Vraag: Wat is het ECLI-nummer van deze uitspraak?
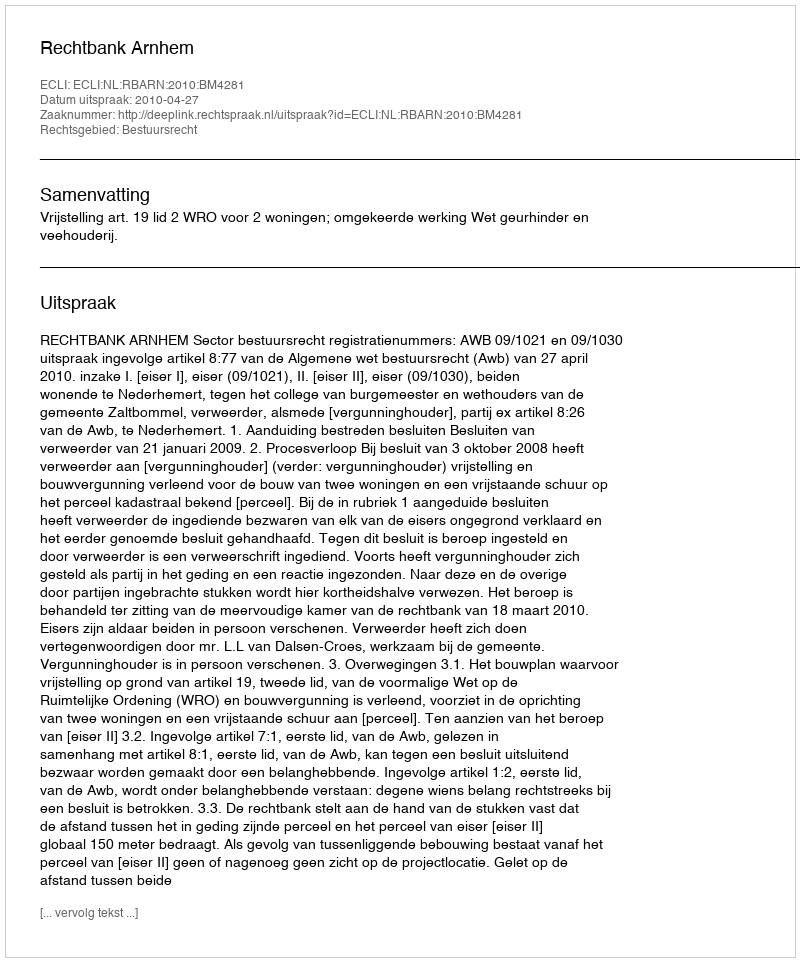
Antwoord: ECLI:NL:RBARN:2010:BM4281